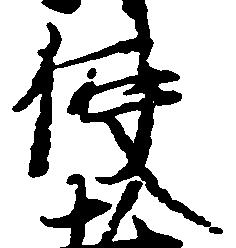
使